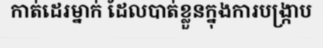
កាត់ដេរម្នាក់ ដែលបាត់ខ្លួនក្នុងការបង្ក្រាប